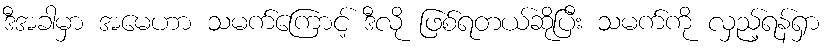
ဒီအခါမှာ အမေဟာ သမက်ကြောင့် ဒီလို ဖြစ်ရတယ်ဆိုပြီး သမက်ကို လှည့်ရန်ရှာ